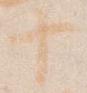
十